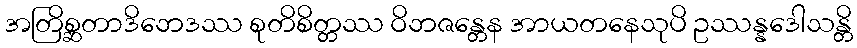
အတြိစ္ဆတာဒိဘေဒဿ စုတိစိတ္တဿ ဝိဘဇန္တေန အာယတနေသုပိ ဥဿန္နဒေါသန္တိ